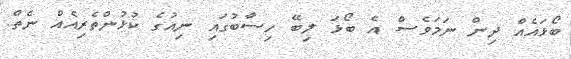
ބޯޅައެއް ދިން ނަމަވެސް އެ ބޯޅަ ލިބޭ ހިސާބުގައި ނިއުގެ ކުޅުންތެރިއެއް ނެތް.